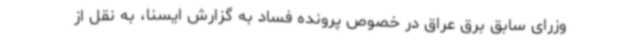
وزرای سابق برق عراق در خصوص پرونده فساد به گزارش ایسنا، به نقل از